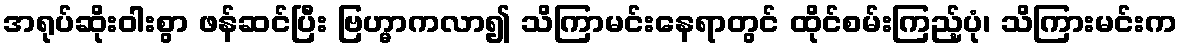
အရုပ်ဆိုးဝါးစွာ ဖန်ဆင်ပြီး ဗြဟ္မာကလာ၍ သိကြာမင်းနေရာတွင် ထိုင်စမ်းကြည့်ပုံ၊ သိကြားမင်းက